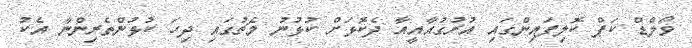
ވޯލްޑް ކަޕް ކޮލިފައިންގައި އުރުގުއާއީއާ ދެކޮޅަށް ކުޅުނު މެޗުގައި ދިހަ ކުޅުންތެރިންނާ އެކު